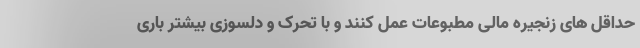
حداقل های زنجیره مالی مطبوعات عمل کنند و با تحرک و دلسوزی بیشتر باری